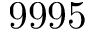
9 9 9 5